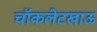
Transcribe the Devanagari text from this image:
चॉकलेटखाऊ